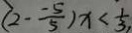
( 2 - \frac { - 5 } { 5 } ) x < \frac { 1 } { 3 } ,